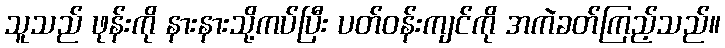
သူသည် ဖုန်းကို နားနားသို့ကပ်ပြီး ပတ်ဝန်းကျင်ကို အကဲခတ်ကြည့်သည်။